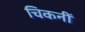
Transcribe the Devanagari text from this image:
चिकनीं